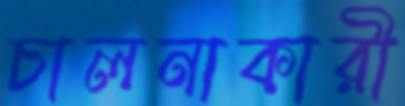
চালনাকারী